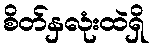
စိတ်နှလုံးထဲရှိ